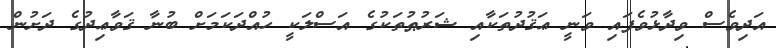
އަދިވެސް ވިދާޅުވެފައި ވަނީ ޢަޤުދުތަކާއި ޝަރުޠުތަކުގެ އަސްލަކީ ހުއްދަކަމަށް ބުނާ ޤަވާޢިދުގެ ދަށުން